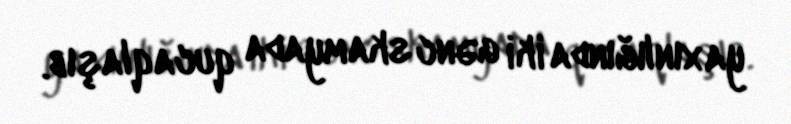
yaxınlığında iki gənc skamyada qucaqlaşıb.